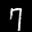
Label: 7